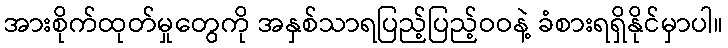
အားစိုက်ထုတ်မှုတွေကို အနှစ်သာရပြည့်ပြည့်ဝဝနဲ့ ခံစားရရှိနိုင်မှာပါ။